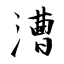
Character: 漕